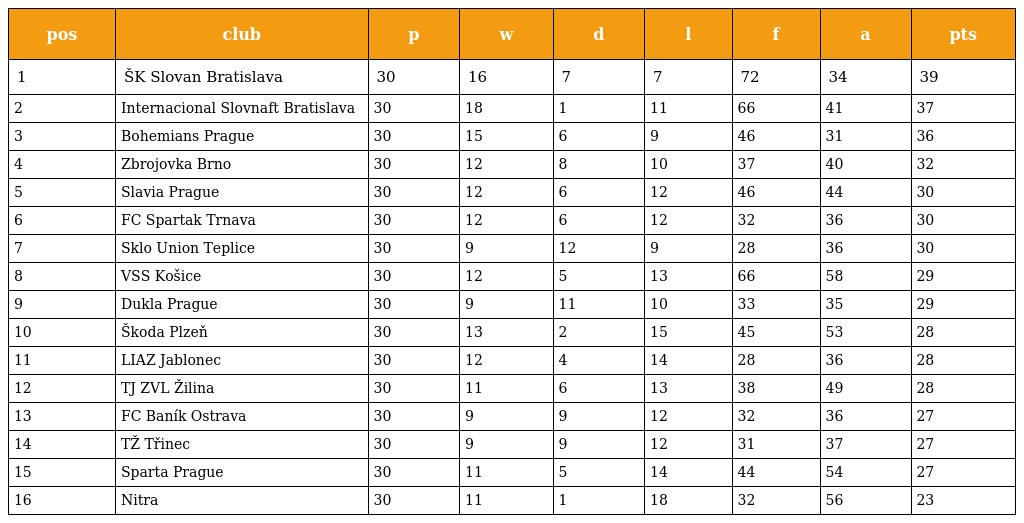
| pos | club | p | w | d | l | f | a | pts |
 | --- | --- | --- | --- | --- | --- | --- | --- | --- |
 | 1 | ŠK Slovan Bratislava | 30 | 16 | 7 | 7 | 72 | 34 | 39 |
 | 2 | Internacional Slovnaft Bratislava | 30 | 18 | 1 | 11 | 66 | 41 | 37 |
 | 3 | Bohemians Prague | 30 | 15 | 6 | 9 | 46 | 31 | 36 |
 | 4 | Zbrojovka Brno | 30 | 12 | 8 | 10 | 37 | 40 | 32 |
 | 5 | Slavia Prague | 30 | 12 | 6 | 12 | 46 | 44 | 30 |
 | 6 | FC Spartak Trnava | 30 | 12 | 6 | 12 | 32 | 36 | 30 |
 | 7 | Sklo Union Teplice | 30 | 9 | 12 | 9 | 28 | 36 | 30 |
 | 8 | VSS Košice | 30 | 12 | 5 | 13 | 66 | 58 | 29 |
 | 9 | Dukla Prague | 30 | 9 | 11 | 10 | 33 | 35 | 29 |
 | 10 | Škoda Plzeň | 30 | 13 | 2 | 15 | 45 | 53 | 28 |
 | 11 | LIAZ Jablonec | 30 | 12 | 4 | 14 | 28 | 36 | 28 |
 | 12 | TJ ZVL Žilina | 30 | 11 | 6 | 13 | 38 | 49 | 28 |
 | 13 | FC Baník Ostrava | 30 | 9 | 9 | 12 | 32 | 36 | 27 |
 | 14 | TŽ Třinec | 30 | 9 | 9 | 12 | 31 | 37 | 27 |
 | 15 | Sparta Prague | 30 | 11 | 5 | 14 | 44 | 54 | 27 |
 | 16 | Nitra | 30 | 11 | 1 | 18 | 32 | 56 | 23 |